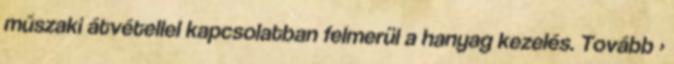
műszaki átvétellel kapcsolatban felmerül a hanyag kezelés. Tovább ›